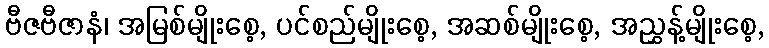
ဗီဇဗီဇာနံ၊ အမြစ်မျိုးစေ့, ပင်စည်မျိုးစေ့, အဆစ်မျိုးစေ့, အညွှန့်မျိုးစေ့,